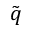
\tilde { q }